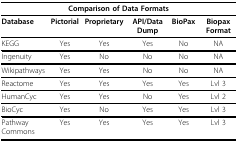
<table><thead><tr><td colspan="6"><b>Comparison of Data Formats</b></td></tr></thead><tbody><tr><td><b>Database</b></td><td><b>Pictorial</b></td><td><b>Proprietary</b></td><td><b>API/Data Dump</b></td><td><b>BioPax</b></td><td><b>Biopax Format</b></td></tr><tr><td>KEGG</td><td>Yes</td><td>Yes</td><td>Yes</td><td>No</td><td>NA</td></tr><tr><td>Ingenuity</td><td>Yes</td><td>No</td><td>No</td><td>No</td><td>NA</td></tr><tr><td>Wikipathways</td><td>Yes</td><td>Yes</td><td>No</td><td>No</td><td>NA</td></tr><tr><td>Reactome</td><td>Yes</td><td>Yes</td><td>Yes</td><td>Yes</td><td>Lvl 3</td></tr><tr><td>HumanCyc</td><td>Yes</td><td>Yes</td><td>No</td><td>Yes</td><td>Lvl 2</td></tr><tr><td>BioCyc</td><td>Yes</td><td>No</td><td>Yes</td><td>Yes</td><td>Lvl 3</td></tr><tr><td>Pathway Commons</td><td>Yes</td><td>Yes</td><td>Yes</td><td>Yes</td><td>Lvl 3</td></tr></tbody></table>